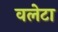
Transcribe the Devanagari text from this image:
वलेटा